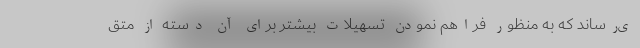
ی‌رساند که به منظور فراهم نمودن تسهیلات بیشتر برای آن دسته از متق